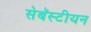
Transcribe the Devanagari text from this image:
सेबॅस्टीयन